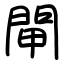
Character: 閘